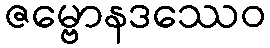
ဇမ္ဗောနဒဿေဝ